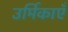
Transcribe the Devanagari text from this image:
उर्मिकाएँ